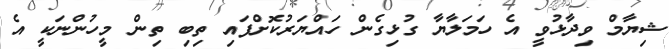
ޝިޔާމް ވިދާޅުވީ އެ ހަމަލާޔާ ގުޅިގެން ހައްޔަރުކޮށްފައި ތިބި ތިން މީހުންނަކީ އެ